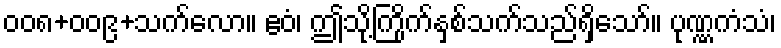
၀၀၈+၀၀၉+သက်လော။ ဧဝံ၊ ဤသို့ကြိုက်နှစ်သက်သည်ရှိသော်။ ပုဏ္ဏကံသံ၊